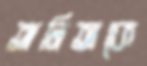
অনিতাকে